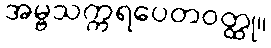
အမ္ဗသက္ကရပေတဝတ္ထု။